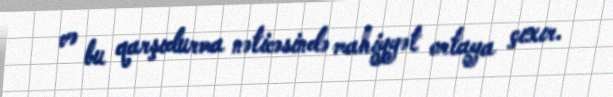
və bu qarşıdurma nəticəsində mahiyyət ortaya çıxır.